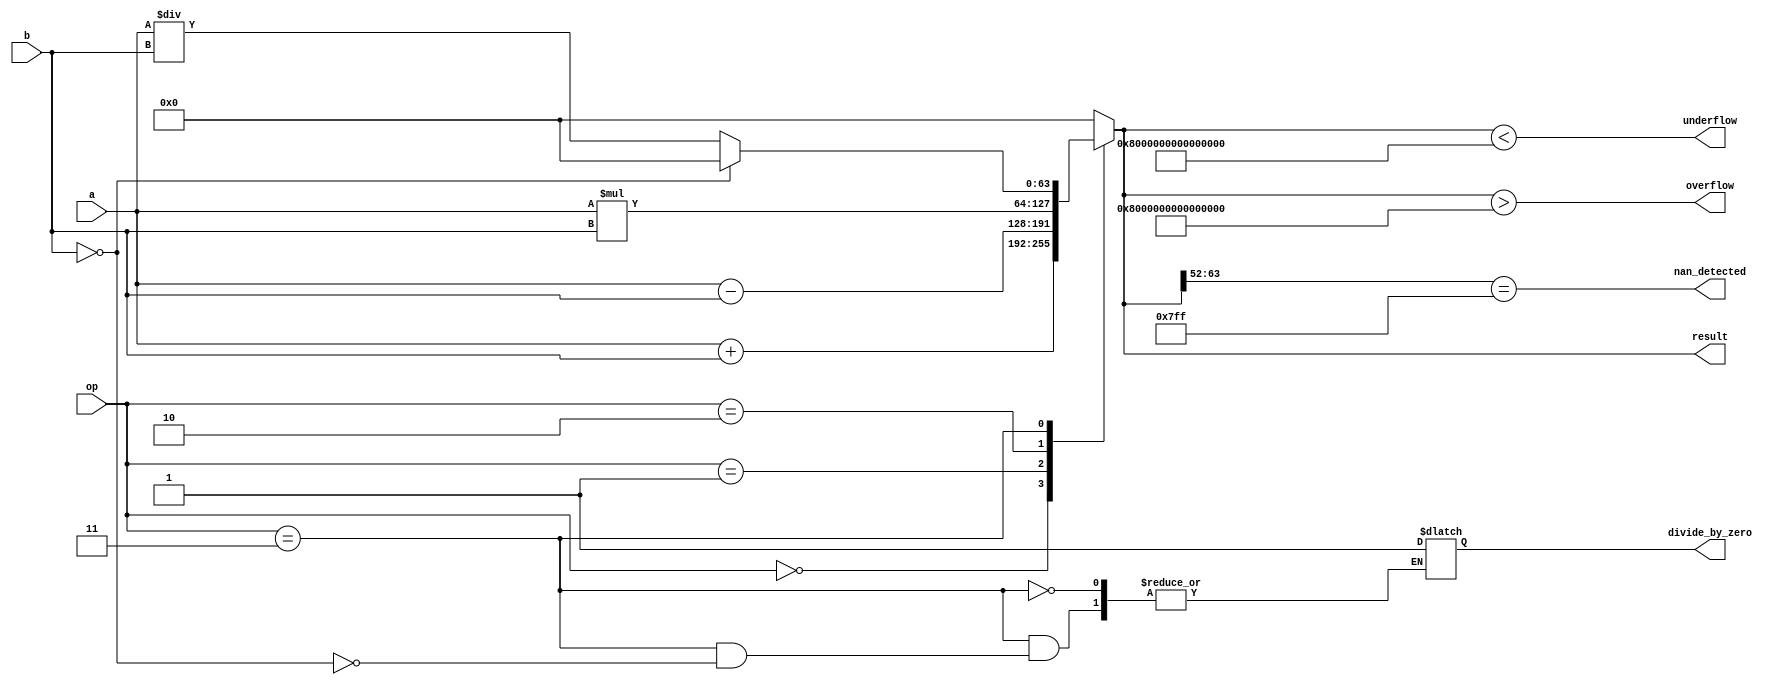
module floating_point_unit(
    input [63:0] a,
    input [63:0] b,
    input [3:0] op,
    output reg [63:0] result,
    output reg overflow,
    output reg underflow,
    output reg divide_by_zero,
    output reg nan_detected
);

// Arithmetic operation selection
`define ADD 4'b0000
`define SUB 4'b0001
`define MUL 4'b0010
`define DIV 4'b0011

always @(*)
begin
    case(op)
        `ADD: begin
            // Addition operation
            result = a + b;
        end
        `SUB: begin
            // Subtraction operation
            result = a - b;
        end
        `MUL: begin
            // Multiplication operation
            result = a * b;
        end
        `DIV: begin
            // Division operation
            if(b == 0)
            begin
                divide_by_zero = 1;
                result = 64'h0;
            end
            else
            begin
                result = a / b;
            end
        end
        default: begin
            result = 64'h0;
        end
    endcase
end

// Special case handling
always @(*)
begin
    overflow = (result > 64'h7FFFFFFFFFFFFFFF);
    underflow = (result < 64'h8000000000000000);
    nan_detected = (result[63:52] == 11'b11111111111);
end

endmodule